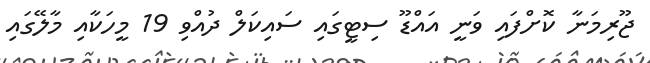
ޖޫރިމަނާ ކޮށްފައި ވަނީ އައްޑޫ ސިޓީގައި ސައިކަލް ދުއްވި 19 މީހަކާއި މާލޭގައި